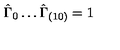
\hat { \Gamma } _ { 0 } \ldots \hat { \Gamma } _ { ( 1 0 ) } = 1